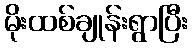
မိုးထစ်ချုန်းရွာပြီး